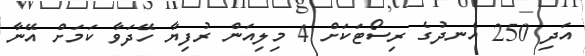
އަދި 250 އެނދުގެ ރިސޯޓަކަށް 4 މިލިއަން ރުފިޔާ ހޭދަވާ ކަމަށް އޭނާ